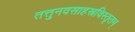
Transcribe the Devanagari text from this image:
तत्तुनवसाहस्रविस्तृतम्